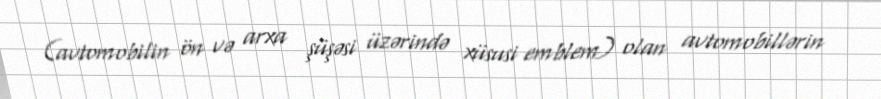
(avtomobilin ön və arxa şüşəsi üzərində xüsusi emblem) olan avtomobillərin